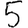
Digit: 5